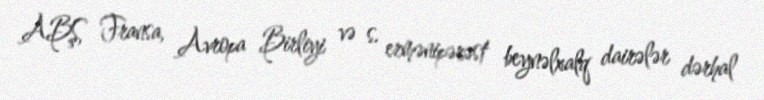
ABŞ, Fransa, Avropa Birliyi və s. ermənipərəst beynəlxalq dairələr dərhal